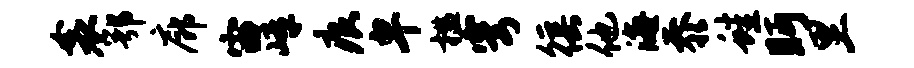
衾鄂廊宙嶂痕卑槛穹徭他海忝蛙眄里